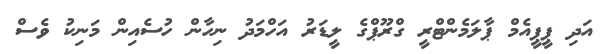
އަދި ޕީޕީއެމް ޕާލަމެންޓްރީ ގްރޫޕްގެ ލީޑަރު އަހްމަދު ނިހާން ހުސެއިން މަނިކު ވެސް